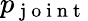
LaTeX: p_{\mathrm{~j~o~i~n~t~}}